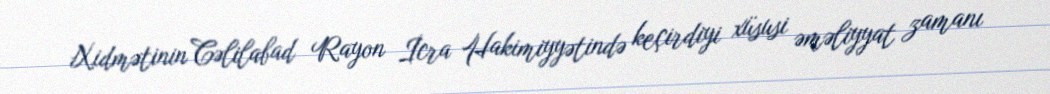
Xidmətinin Cəlilabad Rayon İcra Hakimiyyətində keçirdiyi xüsusi əməliyyat zamanı